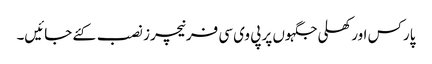
پارکس اور کھلی جگہوں پر پی وی سی فرنیچرز نصب کئے جائیں۔